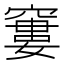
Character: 窶